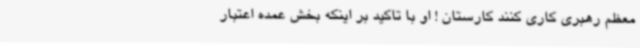
معظم رهبری کاری کنند کارستان ! او با تاکید بر اینکه بخش عمده اعتبار